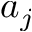
a _ { j }